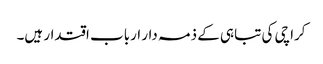
کراچی کی تباہی کے ذمہ دار ارباب اقتدار ہیں۔